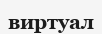
виртуал